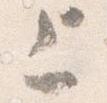
上